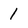
Character: 1